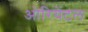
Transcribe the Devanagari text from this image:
ओरियेंटल